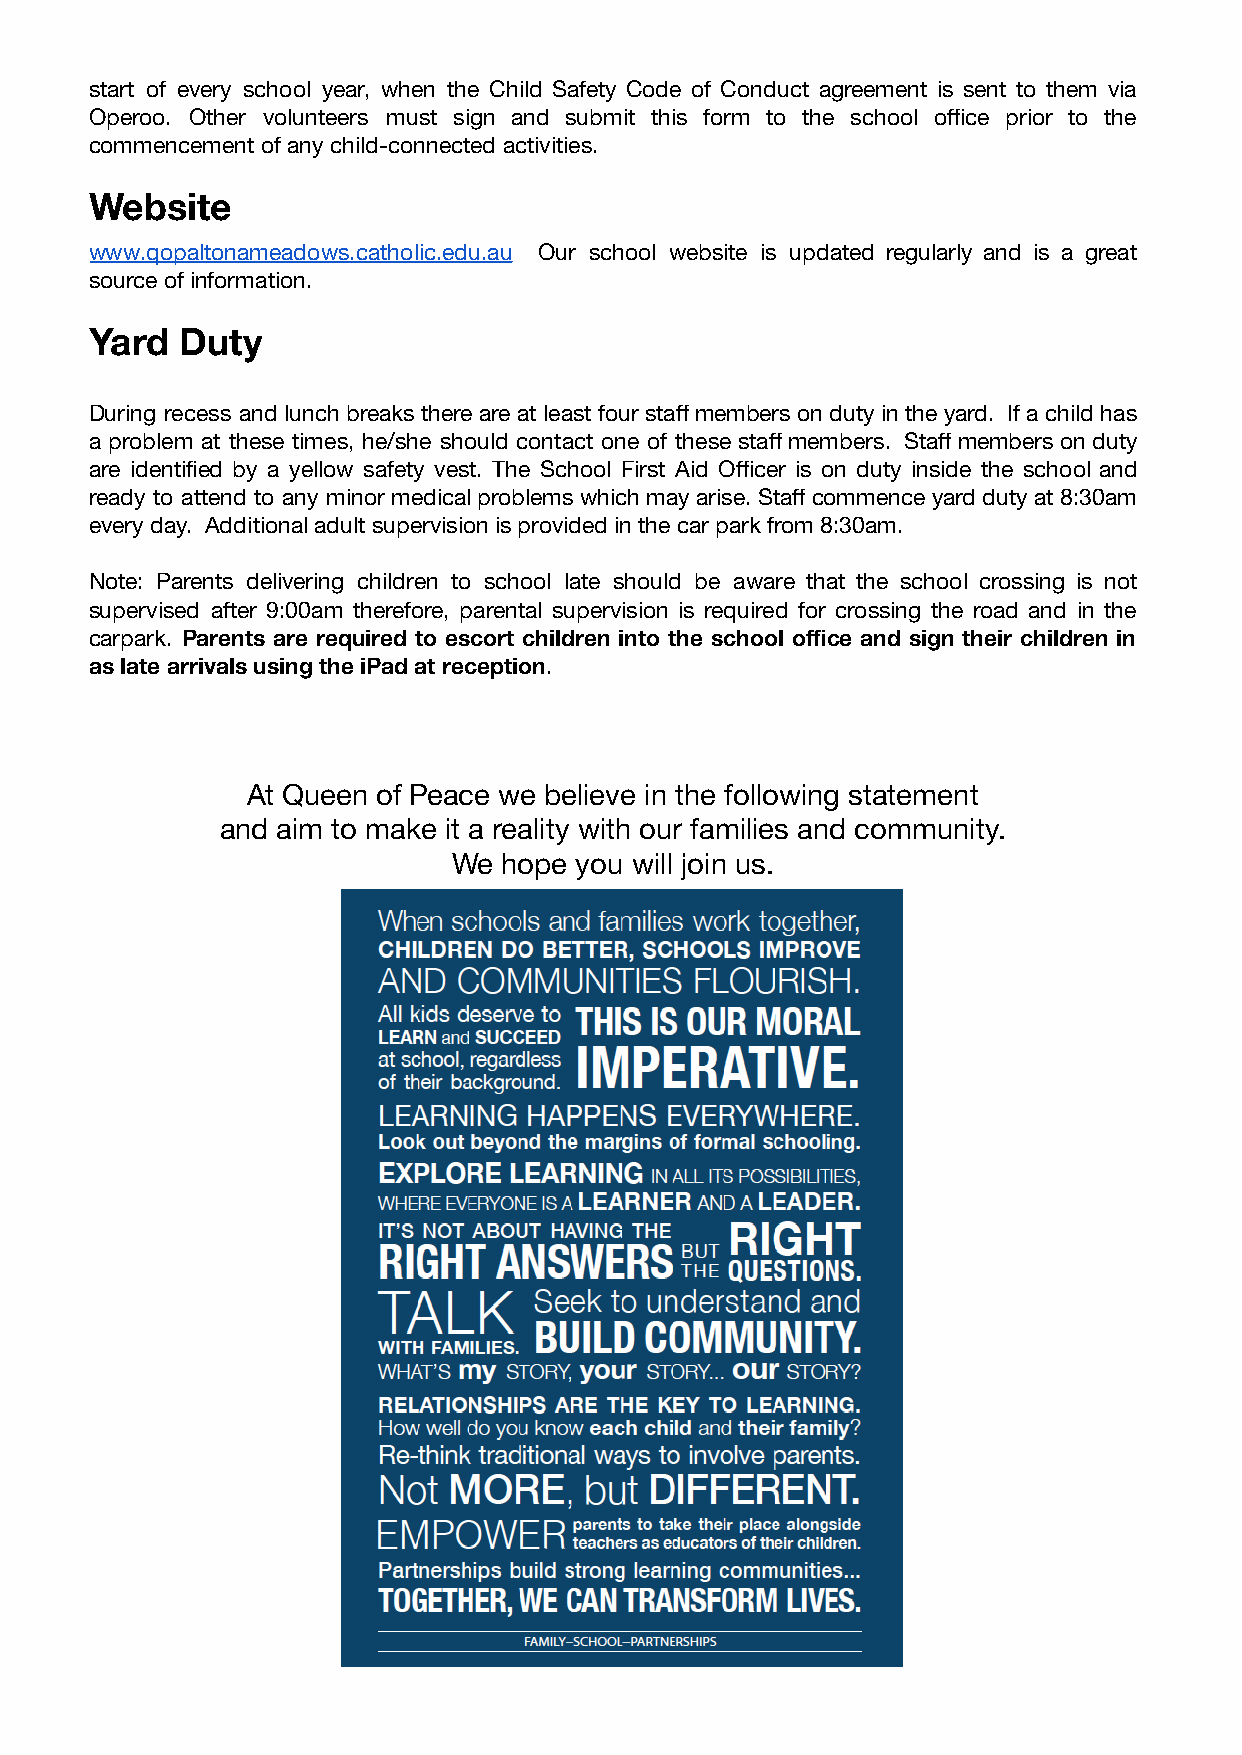
start of every school year, when the Child Safety Code of Conduct agreement is sent to them via
 Operoo. Other volunteers must sign and submit this form to the school office prior to the
 commencement of any child-connected activities.
 Website
 www.qopaltonameadows.catholic.edu.au Our school website is updated regularly and is a great
 source of information.
 Yard  Duty
 During recess and lunch breaks there are at least four staff members on duty in the yard. If a child has
 a problem at these times, he/she should contact one of these staff members. Staff members on duty
 are identified by a yellow safety vest. The School First Aid Officer is on duty inside the school and
 ready to attend to any minor medical problems which may arise. Staff commence yard duty at 8:30am
 every day. Additional adult supervision is provided in the car park from 8:30am.
 Note: Parents delivering children to school late should be aware that the school crossing is not
 supervised after 9:00am therefore, parental supervision is required for crossing the road and in the
 carpark. Parents are required to escort children into the school office and sign their children in
 as late arrivals using the iPad at reception.
 At Queen of Peace we believe in the following statement
 and aim to make it a reality with our families and community.
 We hope you will join us.